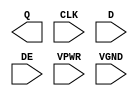
module sky130_fd_sc_hs__edfxtp (
    Q   ,
    CLK ,
    D   ,
    DE  ,
    VPWR,
    VGND
);

    output Q   ;
    input  CLK ;
    input  D   ;
    input  DE  ;
    input  VPWR;
    input  VGND;
endmodule